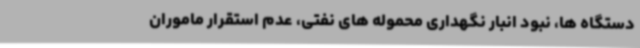
دستگاه ها، نبود انبار نگهداری محموله های نفتی، عدم استقرار ماموران